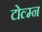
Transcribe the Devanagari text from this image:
टोल्म्न